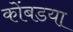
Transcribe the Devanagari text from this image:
कोंबडया